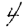
Digit: 4